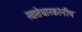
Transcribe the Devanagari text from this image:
खातेधारकांनींच